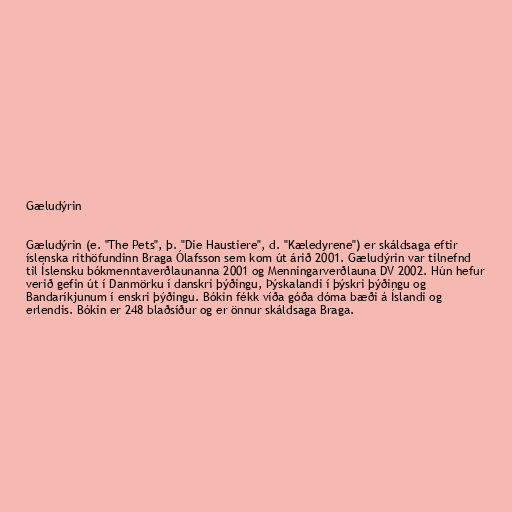
Gæludýrin

Gæludýrin (e. "The Pets", þ. "Die Haustiere", d. "Kæledyrene") er skáldsaga eftir
íslenska rithöfundinn Braga Ólafsson sem kom út árið 2001. Gæludýrin var tilnefnd
til Íslensku bókmenntaverðlaunanna 2001 og Menningarverðlauna DV 2002. Hún hefur
verið gefin út í Danmörku í danskri þýðingu, Þýskalandi í þýskri þýðingu og
Bandaríkjunum í enskri þýðingu. Bókin fékk víða góða dóma bæði á Íslandi og
erlendis. Bókin er 248 blaðsíður og er önnur skáldsaga Braga.